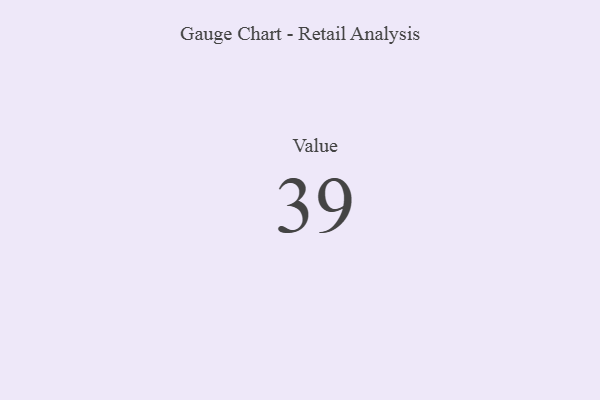
{"axis": {"x": "Metric", "y": "Value"}, "legend": [""], "data": [{"x": "Value", "y": 39, "type": ""}]}